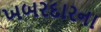
ખબરદારના